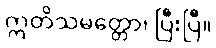
ဣတိသမတ္တော၊ ပြီးပြီ။